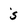
Character: s